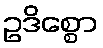
ဥဒိစ္စော